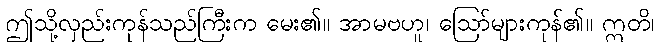
ဤသို့လှည်းကုန်သည်ကြီးက မေး၏။ အာမဗဟူ၊ ဩော်များကုန်၏။ ဣတိ၊